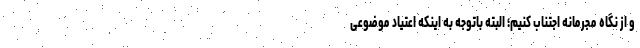
و از نگاه مجرمانه اجتناب کنیم؛ البته باتوجه به اینکه اعتیاد موضوعی